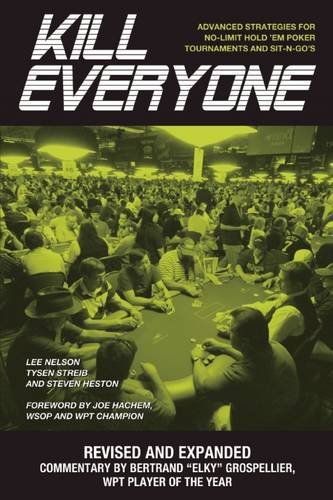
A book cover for Kill Everyone: Advanced Strategies for No-Limit Hold 'em Poker Tournaments and Sit-n-Go's; Lee Nelson; Humor & Entertainment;